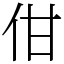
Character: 佄